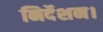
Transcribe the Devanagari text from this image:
निर्देशन।